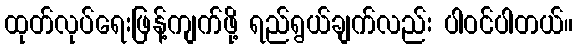
ထုတ်လုပ်ရေးဖြန့်ကျက်ဖို့ ရည်ရွယ်ချက်လည်း ပါဝင်ပါတယ်။